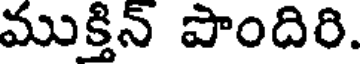
ముక్తిన్ పొందిరి.